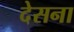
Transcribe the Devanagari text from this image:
देसना